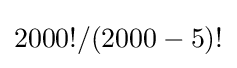
2000!/(2000-5)!